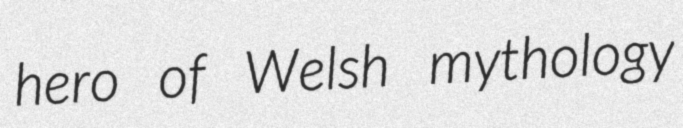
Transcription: hero of Welsh mythology